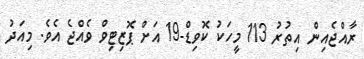
ރާއްޖެއިން އިތުރު 113 މީހަކު ކޮވިޑް-19 އަށް ޕޮޒިޓިވް ވެއްޖެ އެވެ. މިއަދު